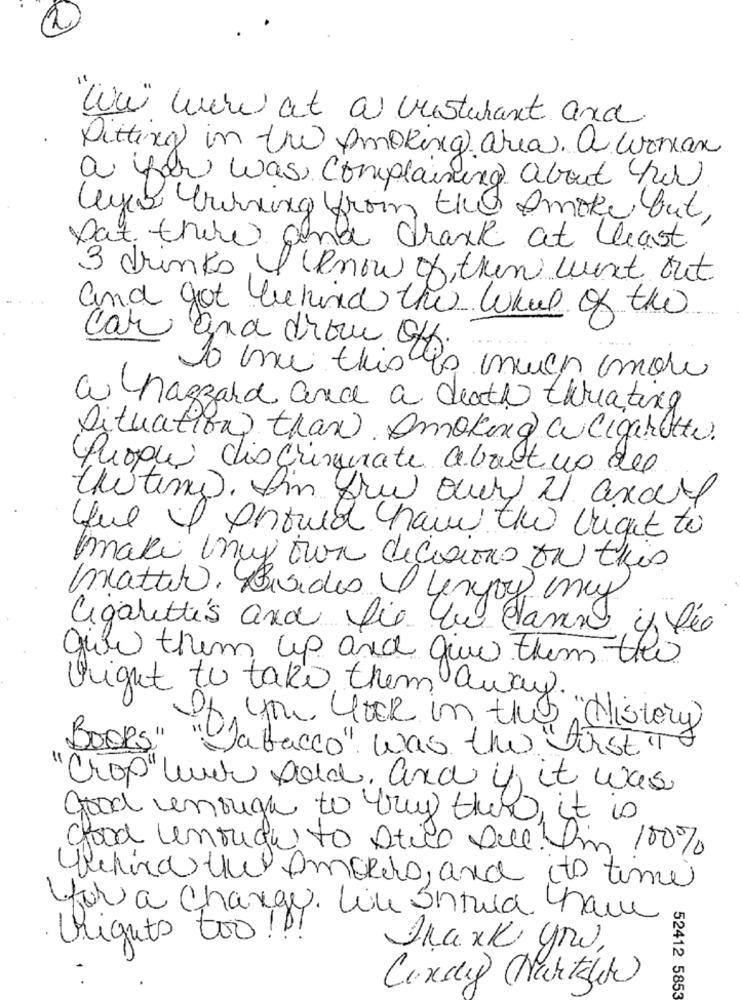
wow wow at a resturant and
Sitting in the smoking area. a woman
a for was, complaining about for
leyes burning from the Smoke but,
Pat there and drank at least
3 drinks, I know of then went out
and got behind the Wheel of the
car and drow off.
much more
a hazzard and a death thrating
Situation than Smoking a Cigarette
Propus discriminate about no des
twisting. I'm fre ony 21 andre
Hul I Should have the light to
make my own decisions on this
matter. Besides 1 lenjoy my
Cigarettes and fie be dann if lée
give them up and give them the
Uright to take them away.
If you GOER in thes "History)
Books"
"atacco". was the first in
Crop "link sold, and if it was
Good enough to try there, it is
good untright to stick Dell. I'm 100%
behind the Smokers, and to time
for a change. Like Should have
rights too!
Thank you,
. .
Cindy (Nakitchen)
52412 5853